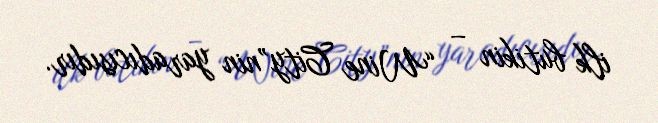
ilk butikin – “Wine City”nin yaradıcısıdır.